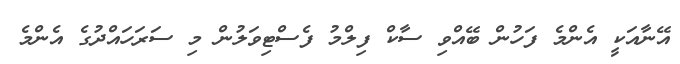
އޭނާއަކީ އެންމެ ފަހުން ބޭއްވި ސާކް ފިލްމު ފެސްޓިވަލުން މި ސަރަހައްދުގެ އެންމެ